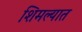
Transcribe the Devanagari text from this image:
शिमल्यात